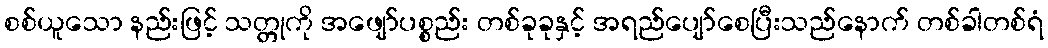
စစ်ယူသော နည်းဖြင့် သတ္တုကို အဖျော်ပစ္စည်း တစ်ခုခုနှင့် အရည်ပျော်စေပြီးသည်နောက် တစ်ခါတစ်ရံ